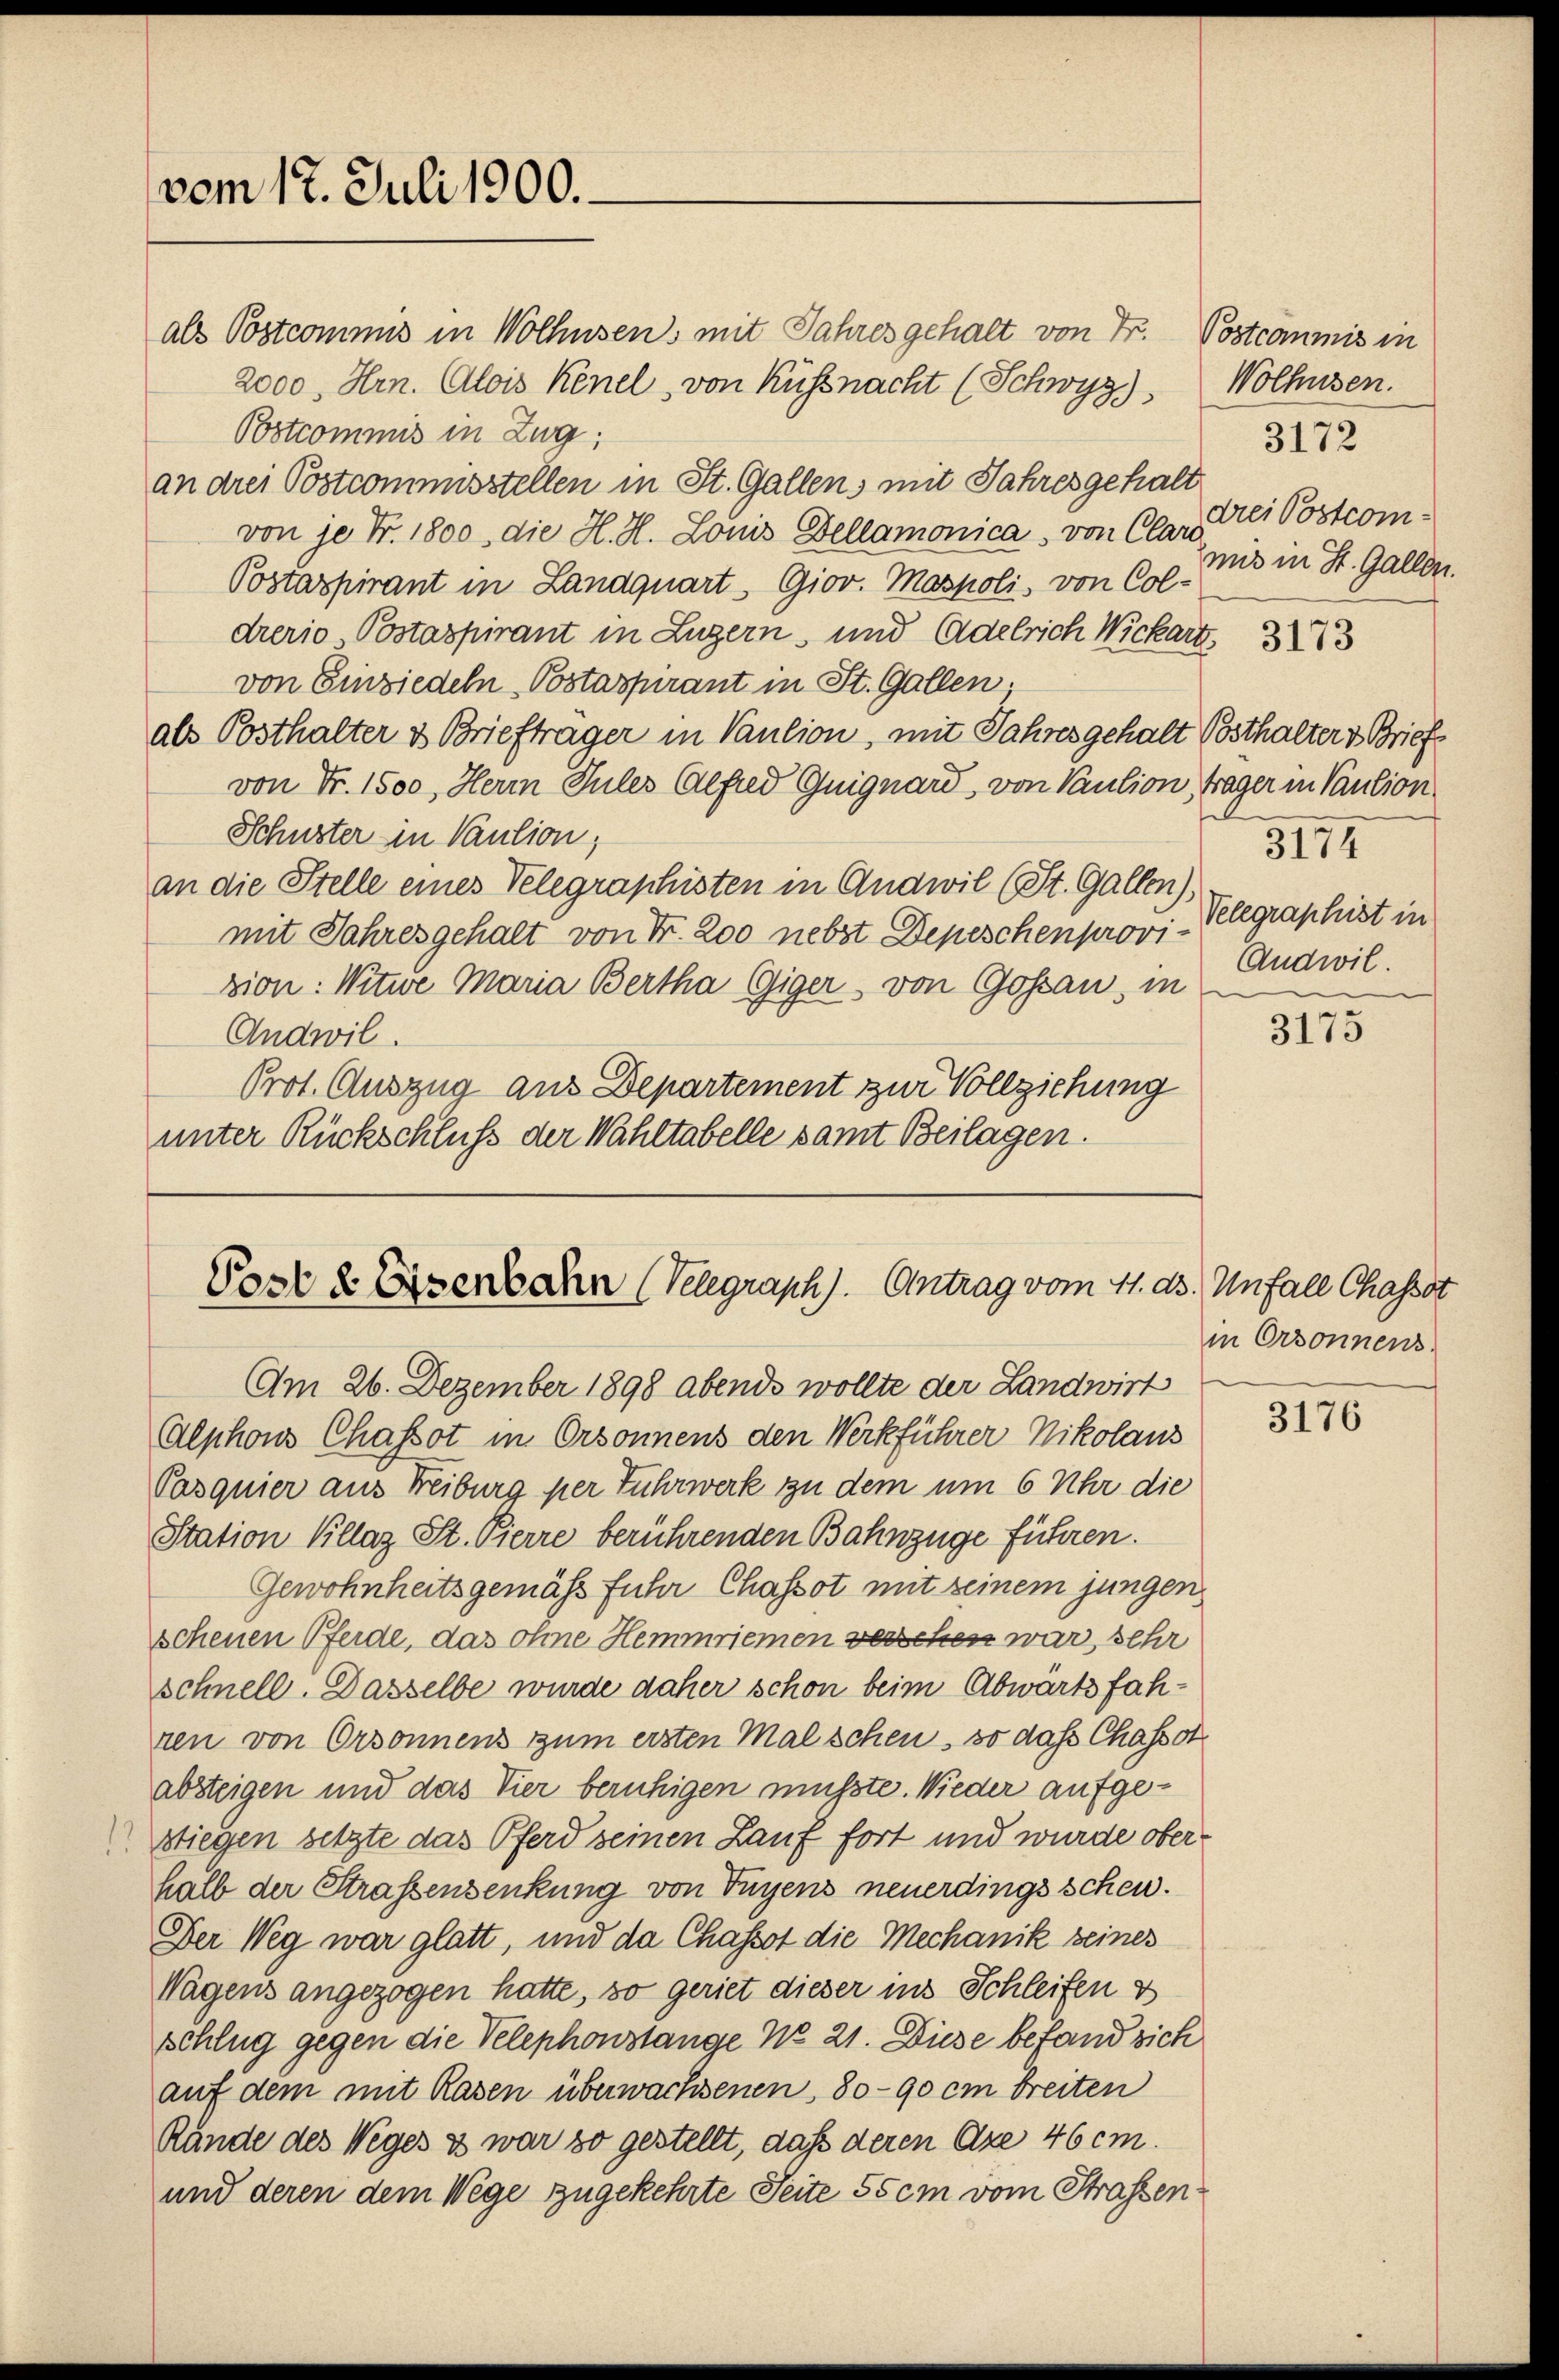
vom 17. Juli 1900.

als Postcommis in Wolhusen, mit Jahres gehalt von Fr. Postcommis in
2000. Hrn. Alois Kenel, von Küssnacht (Schwyz)
Postcommis in Zug,
an drei Postcommisstellen in St. Gallen, mit Jahres gehalt
von je Fr. 1800, die H. H. Louis Dellamonica, von Clar
Postaspirant in Landquart. Giov. Mospoli, von Col-
drerio, Postaspirant in Luzern, und Adelrich Wickart,
von Einziedeln Postaspirant in St. Gallen;
als Posthalter & Briefträger in Paulion, mit Jahres gehalt Posthalter v. Brief
von Fr. 1500, Herr Sules Alfred Guignard, von Vaution, Trager in Vaution
Schuster in Paulion,
an die Stelle eines Velegraphisten in Andwil (St. Gallen),
mit Jahresgehalt von Fr. 200 nebst Depeschenprovizion: Witwe Maria Bertha Giger, von Goßau, in
Andwil.
Prot. Auszug aus Departement zur Vollziehung
unter Rückschluß der Wahltabelle samt Beilagen.

Post & Eisenbahn (Velegraph). Antrag vom 11. ds.

Am 26. Dezember 1898 abends wollte der Landwirt
Alphons Chassot in Orsonnens den Werkführer Nikolaus
Pasquier aus Freiburg per Fuhrwerk zu dem um 6 Uhr die
Station Kllaz St. Pierre berührenden Bahnzüge führen.
Gewohnheitsgemäß führ Chassot mit seinem jungen
scheuen Pferde, das ohne Hemmriemen versehen war, sehr
schnell. Dasselbe wurde daher schon beim Abwärts fahren von Ordonnens zum ersten Mal schen, so das Chassol
absteigen und das Vier beruhigen müßte. Wieder aufgestiegen setzte das Pferd seinen Lauf fort und wurde oberhalb der Strassensenkung von Fugens neuerdings schen.
Der Weg war glatt, und da Chassot die Mechanik seines
Wagens angezogen hatte, so geriet dieser ins Schleifen &
schlug gegen die Velephonstange No 21. Diese befand sich
auf dem mit Rasen überwachsenen, 80-90 cm breiten
Rände des Weges & war so gestellt, daß deren Axe 46 cm.
und deren dem Wege zugekehrte Seite 55 cm vom Strassen

Wolhusen.
3172
drei Postcommit in St. Gallen.

3173

3174
Velegraphist in
Andwil.

3175

Unfall Chasset
in Ordonnens.

3176